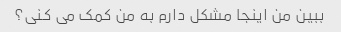
ببین من اینجا مشکل دارم به من کمک می کنی؟